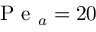
\mathrm { ~ P ~ e ~ } _ { a } = 2 0